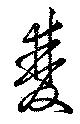
双